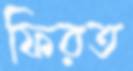
ফিরত